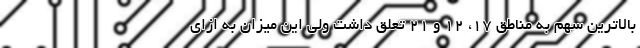
بالاترین سهم به مناطق ۱۷، ۱۲ و ۲۱ تعلق داشت ولی این میزان به ازای